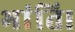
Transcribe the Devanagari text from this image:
भांति।